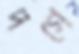
দগে